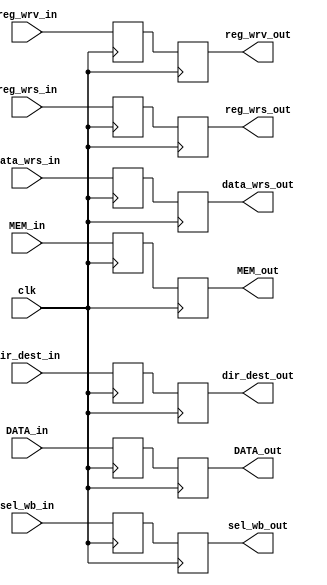
module registro_MEM_WB(clk,

	//Write back:
	sel_wb_in,
	reg_wrv_in,
	reg_wrs_in,
	

	//Write back:
	sel_wb_out,
	reg_wrv_out,
	reg_wrs_out,
	
	//entradas
		MEM_in,
		DATA_in,
		dir_dest_in,
		data_wrs_in,
	//salidas
		MEM_out,
		DATA_out,
		dir_dest_out,
		data_wrs_out
	
);
input wire clk;

//WB
input wire sel_wb_in, reg_wrv_in, reg_wrs_in;
	
input wire [31:0] MEM_in;
input wire [31:0]DATA_in;
input wire [2:0] dir_dest_in;
input wire [7:0] data_wrs_in;


//WB
output reg sel_wb_out, reg_wrv_out, reg_wrs_out;

output reg [31:0] MEM_out;
output reg [31:0] DATA_out;
output reg [2:0] dir_dest_out;
output reg [7:0] data_wrs_out;

//WB
reg sel_wb, reg_wrv, reg_wrs;

reg [31:0] MEM;
reg [31:0] DATA;
reg [2:0] dir_dest;
reg [7:0] data_wrs;


always @(posedge clk) // lee en el posedge
begin
	
	MEM<=MEM_in;
	DATA<=DATA_in;
	dir_dest<=dir_dest_in;
	data_wrs<=data_wrs_in;
	
	//Write back:
	sel_wb<=sel_wb_in;
	reg_wrv<=reg_wrv_in;
	reg_wrs<=reg_wrs_in;
end 

always @(negedge clk) // escritura en el negedge
begin

	MEM_out<=MEM;
	DATA_out<=DATA;
	dir_dest_out<=dir_dest;
	data_wrs_out<=data_wrs;
	  

	//Write back:
	sel_wb_out<=sel_wb;
	reg_wrv_out<=reg_wrv;
	reg_wrs_out<=reg_wrs;
end

endmodule